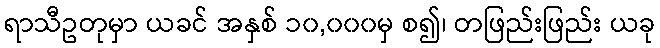
ရာသီဥတုမှာ ယခင် အနှစ် ၁၀,၀၀၀မှ စ၍၊ တဖြည်းဖြည်း ယခု